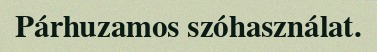
Párhuzamos szóhasználat.